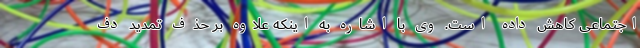
اجتماعی کاهش داده است. وی با اشاره به اینکه علاوه بر حذف تمدید دف